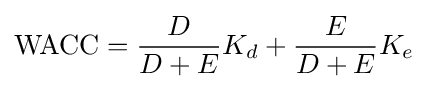
{\text{WACC}}={\frac {D}{D+E}}K_{d}+{\frac {E}{D+E}}K_{e}